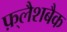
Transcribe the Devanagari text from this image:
फ़्लैशबैक